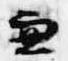
兼